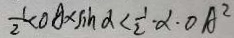
\frac { 1 } { 2 } < O A \times \sin \alpha < \frac { 1 } { 2 } \cdot \alpha \cdot O A ^ { 2 }